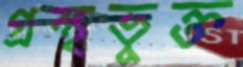
গ্রন্থভুক্ত